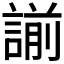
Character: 𧪈